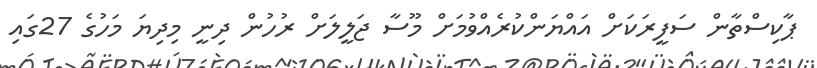
ޕާކިސްތާން ސަފީރަކަށް އައްޔަންކުރެއްވުމަށް މޫސާ ޖަލީލަށް ރުހުން ދިނީ މިދިޔަ މަހުގެ 27ގައި